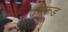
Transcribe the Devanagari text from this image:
भिरूड